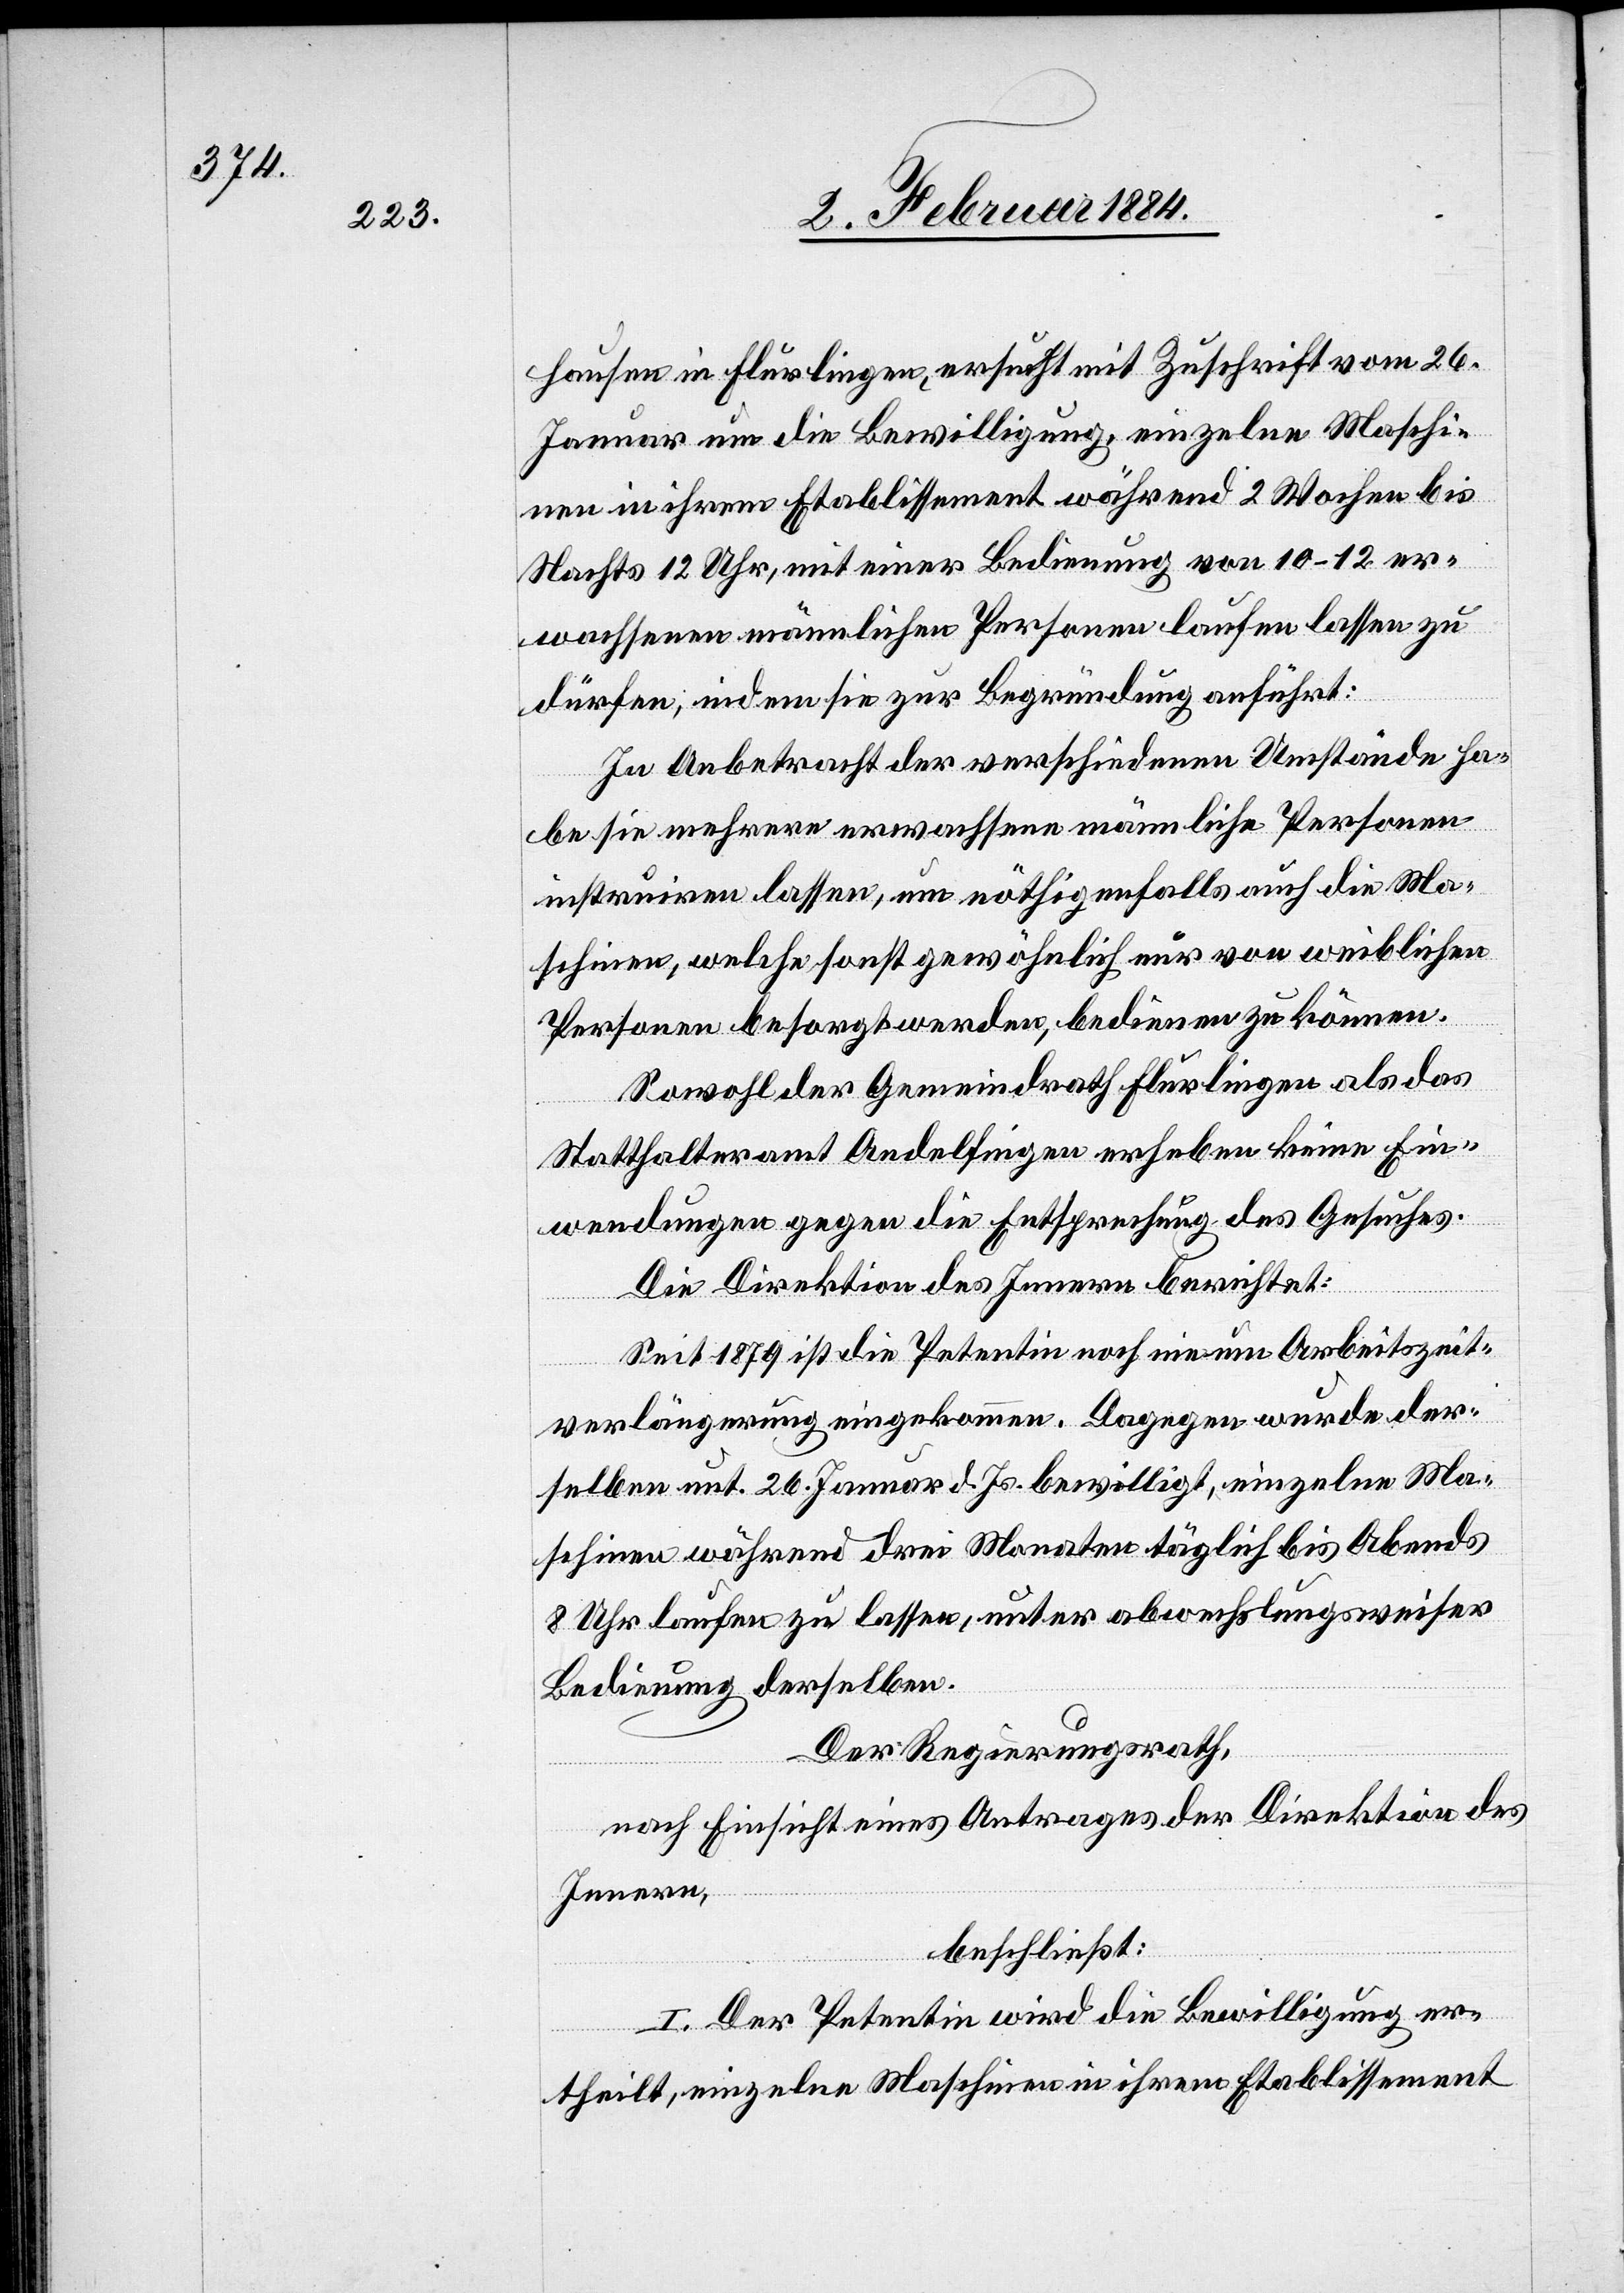
hausen in Flurlingen, ersucht mit Zuschrift vom 26.
Januar um die Bewilligung, einzelne Maschi¬
nen in ihrem Etablissement während 2 Wochen bis
Nachts 12 Uhr, mit einer Bedienung von 10–12 er¬
wachsenen männliche Personen laufen lassen zu
dürfen, indem sie zur Begründung anführt:
In Anbetracht der verschiedenen Umstände ha¬
be sie mehrere erwachsene männliche Personen
instruiren lassen, um nöthigenfalls auch die Ma¬
schinen, welche sonst gewöhnlich nur von weiblichen
Personen besorgt werden, bedienen zu können.
Sowohl der Gemeindrath Flurlingen als das
Statthalteramt Andelfingen erheben keine Ein¬
wendungen gegen die Entsprechung des Gesuches.
Die Direktion des Innern berichtet:
Seit 1879 ist die Petentin noch nie um Arbeitszeit¬
verlängerung eingekommen. Dagegen wurde der¬
selben mit 26. Januar d. Js. bewilligt, einzelne Ma¬
schinen während drei Monaten täglich bis Abends
8 Uhr laufen zu lassen, unter abwechslungsweiser
Bedienung derselben.
Der Regierungsrath,
nach Einsicht eines Antrages der Direktion des
Innern,
beschließt:
I. Der Petentin wird die Bewilligung er¬
theilt, einzelne Maschinen in ihrem Etablissement